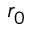
r _ { 0 }